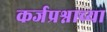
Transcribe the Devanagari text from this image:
कर्जप्रश्नाच्या